Annual returns of the Patna Lunatic Asylum at Bankipore in Bihar and Orissa - 1912-1924
Year: 1912
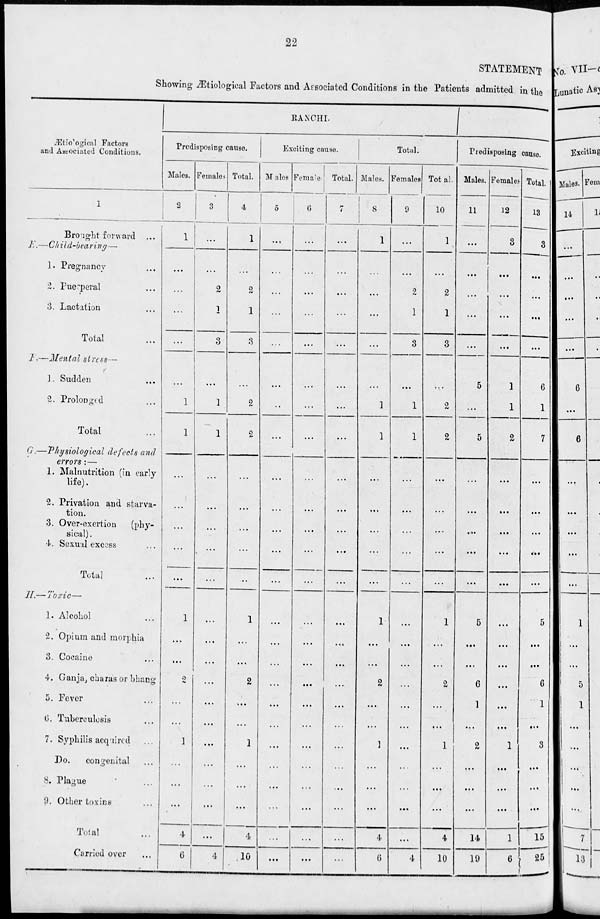
22
STATEMENT
Showing Ætiological Factors and Associated Conditions in the Patients admitted in the
Ætiological Factors
and Associated Conditions.
1
Brought forward ...
E.—Child-bearing—
1. Pregnancy ...
2. Puerperal ...
3. Lactation ...
Total ...
F.—Mental stress —
1. Sudden ...
2. Prolonged ...
Total ...
G.—Physiological defects and
errors : —
1. Malnutrition (in early
life).
2. Privation and starva-
tion.
3. Over-exertion
(phy-
sical) .
4. Sexual excess ...
Total ...
II—
Tocix—
1. Alcohol ...
2. Opium and morphia
3. Cocaine ...
4. Ganja, charas or bhang
5. Fever ...
6. Tuberculosis ...
7. Syphills acquired ...
Do.
congenital ...
8. Plague ...
9. Other toxins ...
Total ...
Carried over ...
RANCHI.
Predisposing cause.
Males.
2
1
...
...
...
...
...
1
1
...
...
...
...
...
1
...
...
2
...
...
1
...
...
...
4
6
Females.
3
...
...
2
1
3
...
1
1
...
...
...
...
...
...
...
...
...
...
...
...
...
...
...
...
4
Total.
4
1
...
2
1
3
...
2
2
...
...
...
...
...
1
...
...
2
...
...
1
...
...
...
4
10
Exciting cause.
Males.
5
...
...
...
...
...
...
...
...
...
...
...
...
...
...
...
...
...
...
...
...
...
...
...
...
...
Females.
6
...
...
...
...
...
...
...
...
...
...
...
...
...
...
...
...
...
...
...
...
...
...
...
...
...
Total.
7
...
...
...
...
...
...
...
...
...
...
...
...
...
...
...
...
...
...
...
...
...
...
...
...
...
Total.
Males.
8
1
...
...
...
...
...
1
1
...
...
...
...
...
1
...
...
2
...
...
1
...
...
...
4
6
Females.
9
...
...
9
1
3
...
1
1
...
...
...
...
...
...
...
...
...
...
...
...
...
...
...
...
4
Total.
10
1
...
2
1
3
...
2
2
...
...
...
...
...
1
...
...
2
...
...
1
...
...
...
4
10
Predisposing cause.
Males.
11
...
...
...
...
...
5
...
5
...
...
...
...
...
5
...
...
6
1
...
2
...
...
...
14
19
Females.
12
3
...
...
...
...
1
1
2
...
...
...
...
...
...
...
...
...
...
...
1
...
...
...
1
6
Total.
13
3
...
...
...
...
6
1
7
...
...
...
...
...
5
...
...
6
1
....
3
...
...
...
15
25